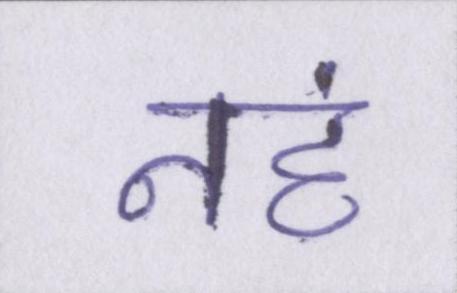
नहं